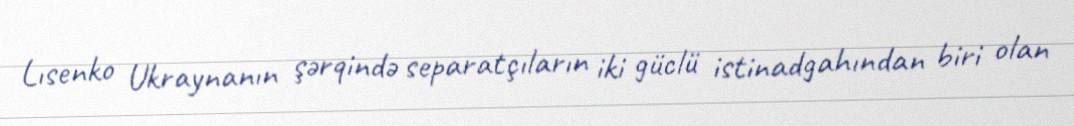
Lısenko Ukraynanın şərqində separatçıların iki güclü istinadgahından biri olan